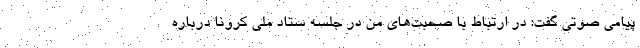
پیامی صوتی گفت: در ارتباط با صحبت‌های من در جلسه ستاد ملی کرونا درباره